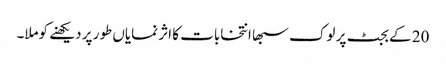
20 کے بجٹ پر لوک سبھا انتخابات کا اثر نمایاں طور پر دیکھنے کوملا۔